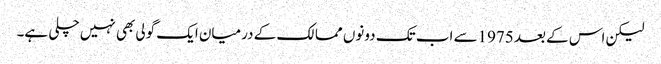
لیکن اس کے بعد 1975سے اب تک دونوں ممالک کے درمیان ایک گولی بھی نہیں چلی ہے۔